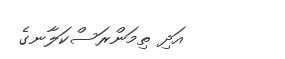
އަދި ތިމަންރަސްކަލާނގެ